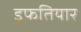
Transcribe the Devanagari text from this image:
इफतियार